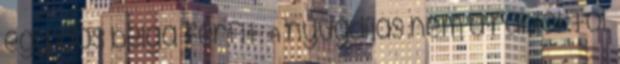
egy idős belga férfit. A nyugdíjas nem a rablóktól,